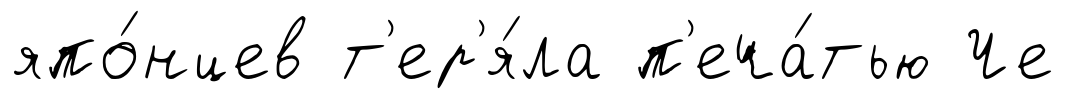
япо́нцев т'ер'я́ла п'еча́тью Че